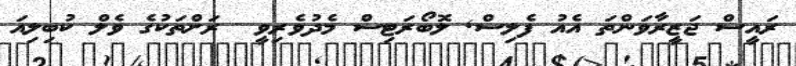
ރައީސް ޖަޒީރާވަންތަ އެއު ފެލިސް